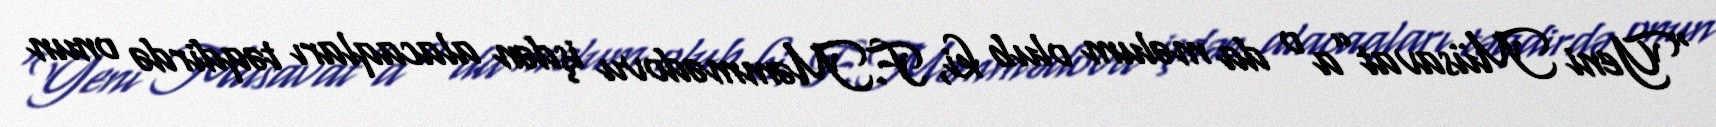
“Yeni Müsavat”a o da məlum olub ki, F.Məmmədovu işdən alacaqları təqdirdə onun